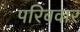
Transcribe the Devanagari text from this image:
परिबवार